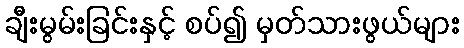
ချီးမွမ်းခြင်းနှင့် စပ်၍ မှတ်သားဖွယ်များ